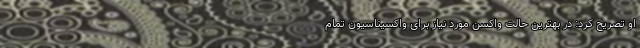
او تصریح کرد: در بهترین حالت واکسن مورد نیاز برای واکسیناسیون تمام